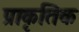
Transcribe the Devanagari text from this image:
प्राकृतिक